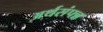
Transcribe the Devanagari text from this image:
अर्थसंपन्न